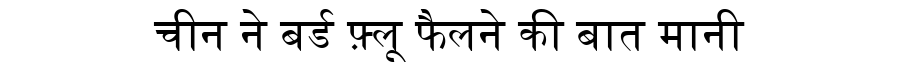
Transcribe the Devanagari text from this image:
चीन ने बर्ड फ़्लू फैलने की बात मानी